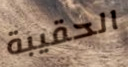
الحقيبة